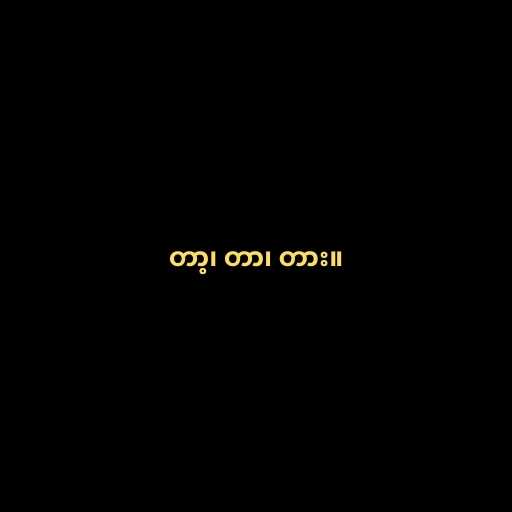
တာ့၊ တာ၊ တား။